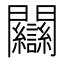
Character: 𨷻